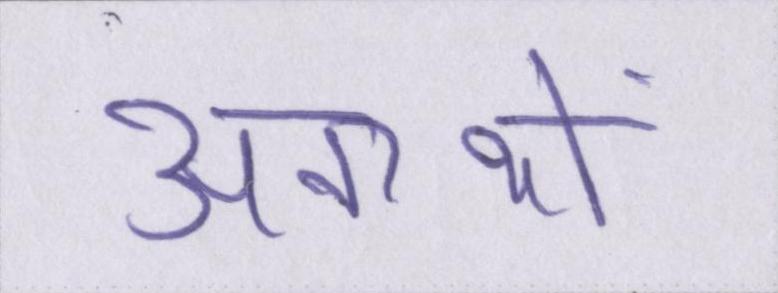
अनाथों